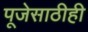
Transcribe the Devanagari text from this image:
पूजेसाठीही